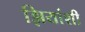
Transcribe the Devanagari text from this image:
झियांशी